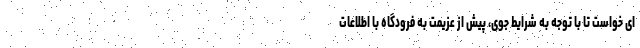
ای خواست تا با توجه به شرایط جوی، پیش از عزیمت به فرودگاه با اطلاعات